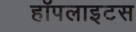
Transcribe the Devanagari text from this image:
हॉपलाइटस